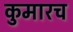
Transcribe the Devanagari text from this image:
कुमारच